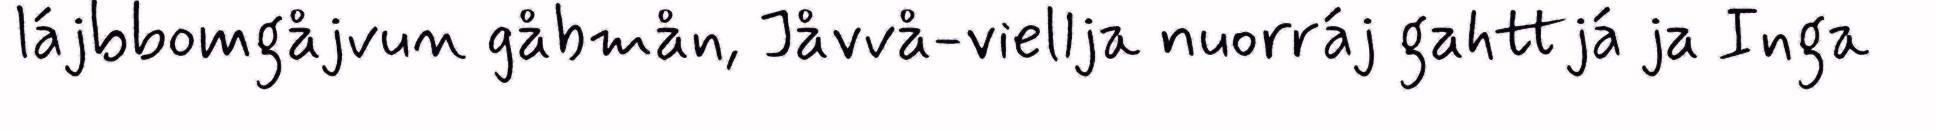
lájbbomgåjvun gåbmån, Jåvvå-viellja nuorráj gahttjá ja Inga